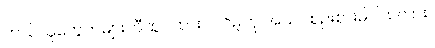
ဘယ်သူတွေကများတီထွင်ထားပါလိမ့်ဟု အသင်စဉ်းစားမိပါသလား။